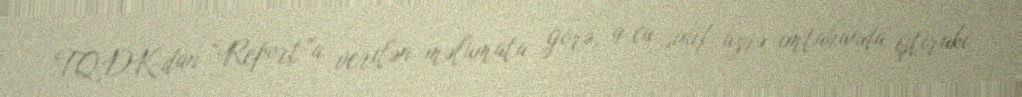
TQDK-dan “Report”a verilən məlumata görə, 9-cu sinif üzrə imtahanda iştirakı